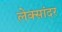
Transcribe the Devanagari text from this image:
लेक्सांदर